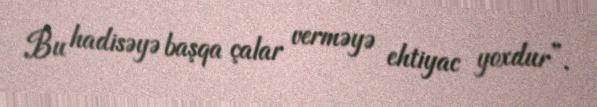
Bu hadisəyə başqa çalar verməyə ehtiyac yoxdur”.